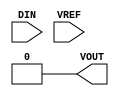
module GP_DAC(input[7:0] DIN, input wire VREF, output reg VOUT);
	initial VOUT = 0;
endmodule